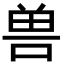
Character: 兽